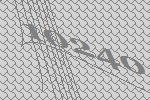
10240